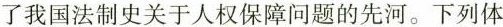
了我国法制史关于人权保障问题的先河。下列体